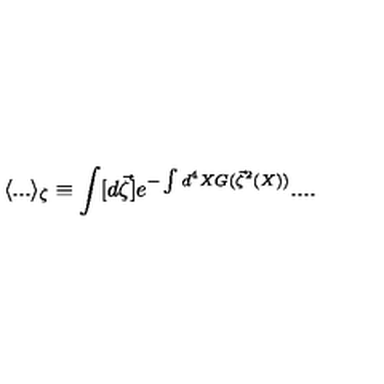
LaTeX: \langle . . . \rangle _ { \zeta } \equiv \int [ d \vec { \zeta } ] e ^ { - \int d ^ { 4 } X G ( \vec { \zeta } ^ { 2 } ( X ) ) } . . . .